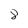
Character: 8